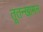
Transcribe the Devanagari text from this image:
तूतन्खामन